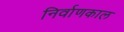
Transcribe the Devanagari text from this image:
निर्वाणकाल